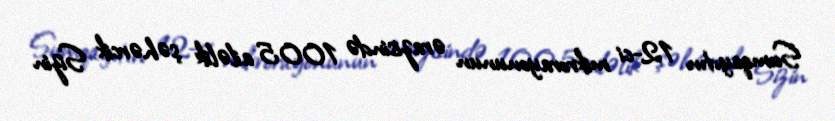
Sumqayıtın 12-ci mikrorayonunun ərazisində 1005 ailəlik şəhərcik Sizin